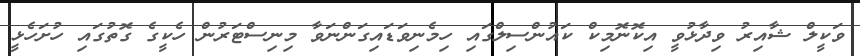
ވަކީލް ޝާއިރު ވިދާޅުވީ އިކޮނޮމިކް ކައުންސިލްގައި ހިމެނިވަޑައިގަންނަވާ މިނިސްޓަރުން ހެކީގެ ގޮތުގައި ހުށަހެޅީ